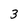
Character: 3